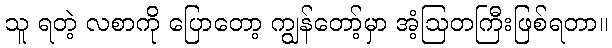
သူ ရတဲ့ လစာကို ပြောတော့ ကျွန်တော့်မှာ အံ့ဩတကြီးဖြစ်ရတာ။